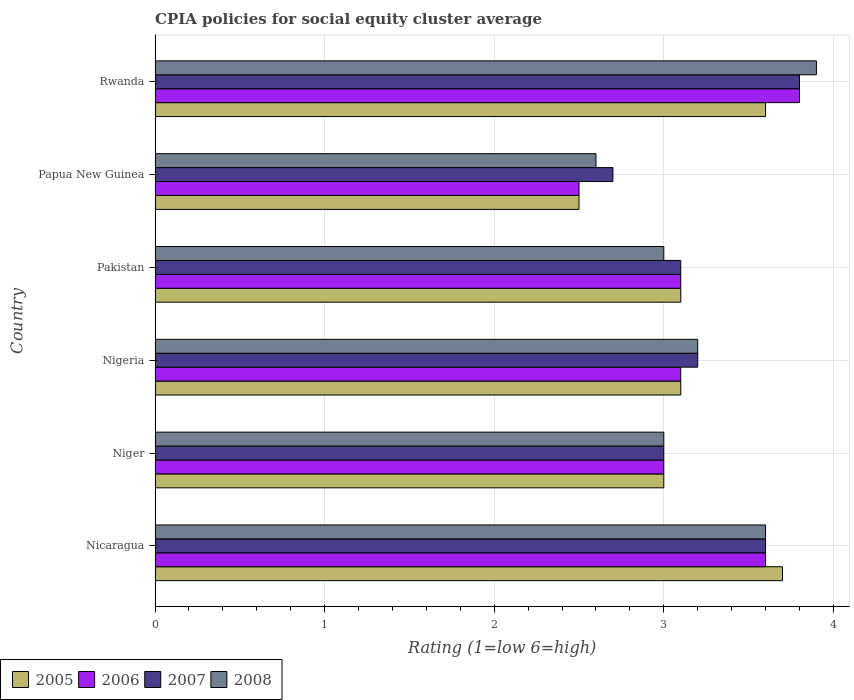
| Country | 2005 | 2006 | 2007 | 2008 |
 | --- | --- | --- | --- | --- |
 | Nicaragua | 3.7 | 3.6 | 3.6 | 3.6 |
 | Niger | 3 | 3 | 3 | 3 |
 | Nigeria | 3.1 | 3.1 | 3.2 | 3.2 |
 | Pakistan | 3.1 | 3.1 | 3.1 | 3 |
 | Papua New Guinea | 2.5 | 2.5 | 2.7 | 2.6 |
 | Rwanda | 3.6 | 3.8 | 3.8 | 3.9 |